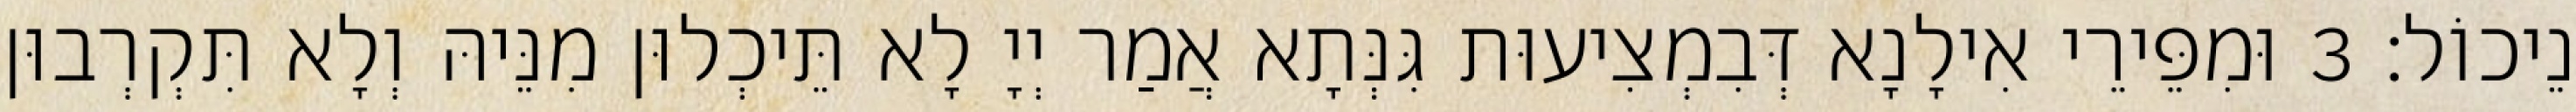
נֵיכוֹל׃ 3 וּמִפֵּירֵי אִילָנָא דְּבִמְצִיעוּת גִּנְּתָא אֲמַר יְיָ לָא תֵּיכְלוּן מִנֵּיהּ וְלָא תִּקְרְבוּן